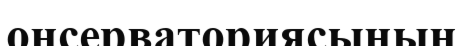
онсерваториясының